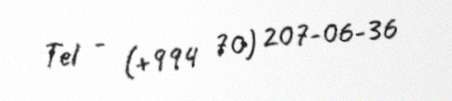
Tel - (+994 70) 207-06-36